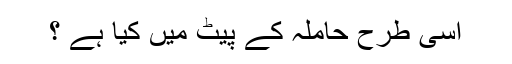
اسی طرح حاملہ کے پیٹ میں کیا ہے ؟